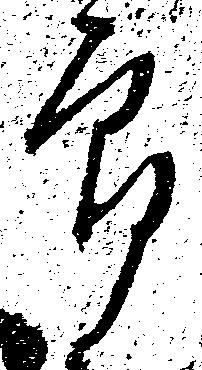
郎